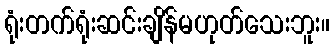
ရုံးတက်ရုံးဆင်းချိန်မဟုတ်သေးဘူး။